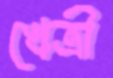
খেত্রী